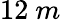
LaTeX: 12~m